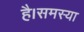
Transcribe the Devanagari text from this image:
है।समस्या